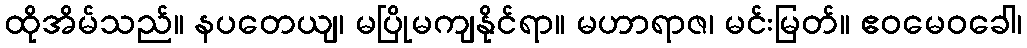
ထိုအိမ်သည်။ နပတေယျ၊ မပြိုမကျနိုင်ရာ။ မဟာရာဇ၊ မင်းမြတ်။ ဧဝမေဝခေါ၊